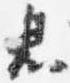
息